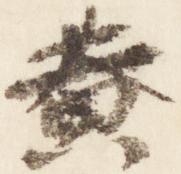
黄